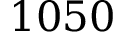
1 0 5 0